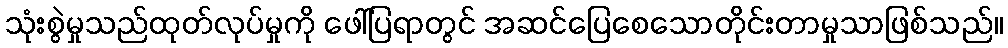
သုံးစွဲမှုသည်ထုတ်လုပ်မှုကို ဖေါ်ပြရာတွင် အဆင်ပြေစေသောတိုင်းတာမှုသာဖြစ်သည်။